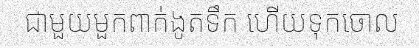
ជាមួយមួកពាក់ងូតទឹក ហើយទុកចោល